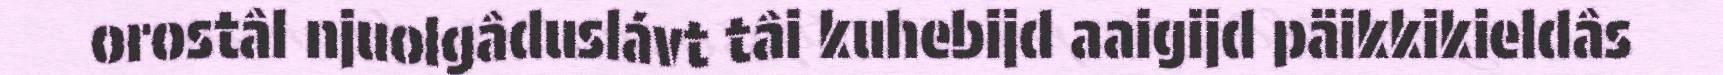
orostâl njuolgâduslávt tâi kuhebijd aaigijd päikkikieldâs